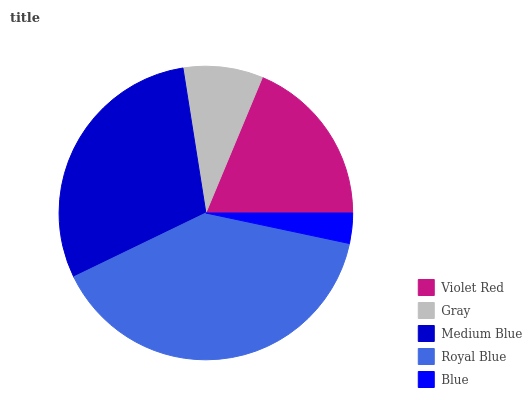
| Violet Red | Gray | Medium Blue | Royal Blue | Blue |
 | --- | --- | --- | --- | --- |
 | 18.8% | 8.77% | 29.6% | 39.5% | 3.33% |